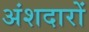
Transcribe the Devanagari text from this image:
अंशदारों